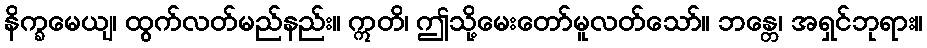
နိက္ခမေယျ၊ ထွက်လတ်မည်နည်း။ ဣတိ၊ ဤသို့မေးတော်မူလတ်သော်။ ဘန္တေ၊ အရှင်ဘုရား။